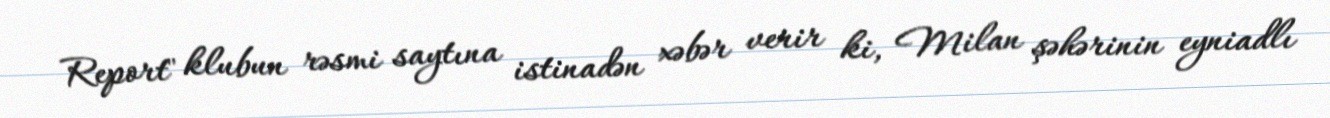
Report" klubun rəsmi saytına istinadən xəbər verir ki, Milan şəhərinin eyniadlı